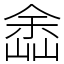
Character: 嵞